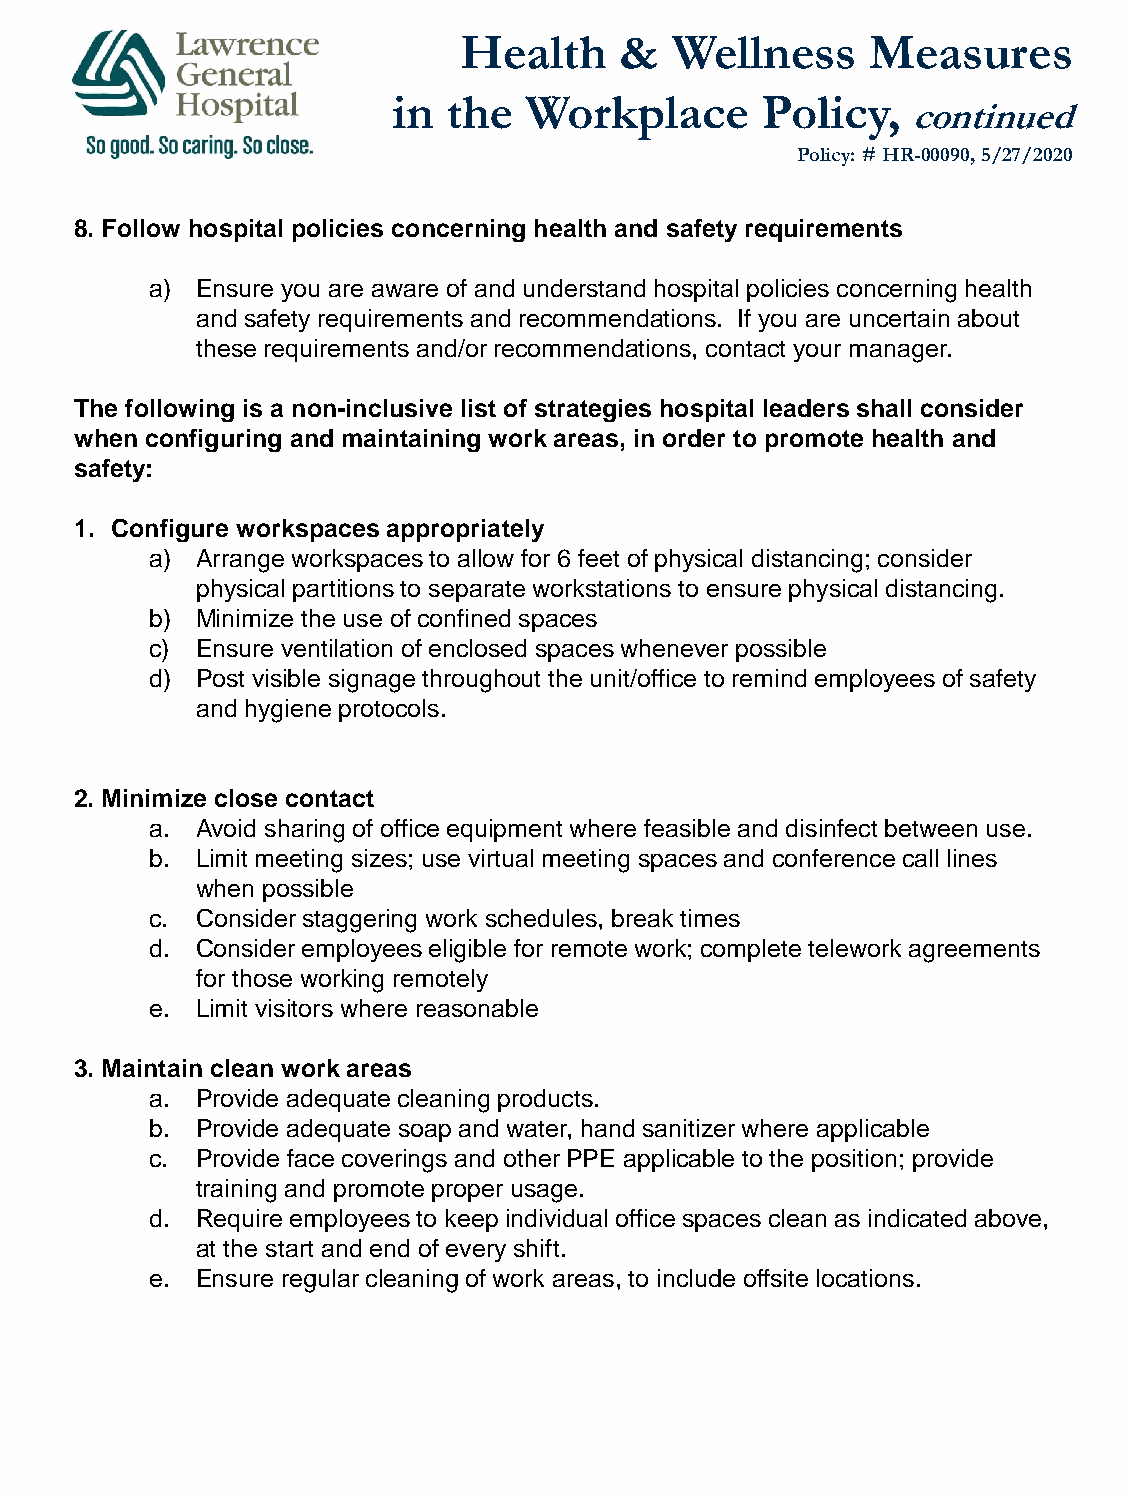
Health     &   Wellness     Measures
 in  the  Workplace      Policy,
 continued
 Policy: # HR-00090, 5/27/2020
 8. Follow hospital policies concerning health and safety requirements
 a) Ensure you are aware of and understand hospital policies concerning health
 and safety requirements and recommendations. If you are uncertain about
 these requirements and/or recommendations, contact your manager.
 The following is a non-inclusive list of strategies hospital leaders shall consider
 when configuring and maintaining work areas, in order to promote health and
 safety:
 1. Configure workspaces appropriately
 a) Arrange workspaces to allow for 6 feet of physical distancing; consider
 physical partitions to separate workstations to ensure physical distancing.
 b) Minimize the use of confined spaces
 c) Ensure ventilation of enclosed spaces whenever possible
 d) Post visible signage throughout the unit/office to remind employees of safety
 and hygiene protocols.
 2. Minimize close contact
 a. Avoid sharing of office equipment where feasible and disinfect between use.
 b. Limit meeting sizes; use virtual meeting spaces and conference call lines
 when possible
 c. Consider staggering work schedules, break times
 d. Consider employees eligible for remote work; complete telework agreements
 for those working remotely
 e. Limit visitors where reasonable
 3. Maintain clean work areas
 a. Provide adequate cleaning products.
 b. Provide adequate soap and water, hand sanitizer where applicable
 c. Provide face coverings and other PPE applicable to the position; provide
 training and promote proper usage.
 d. Require employees to keep individual office spaces clean as indicated above,
 at the start and end of every shift.
 e. Ensure regular cleaning of work areas, to include offsite locations.